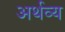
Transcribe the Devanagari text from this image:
अर्थव्य